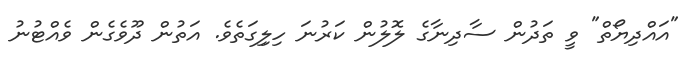
"އައްދިޔޯތް" ވީ ތަދުން ސާދިނާގެ ލޮލުން ކަރުނަ ހިލިިގަތެވެ. އަތުން ދޫވެގެން ވެއްޓުނު